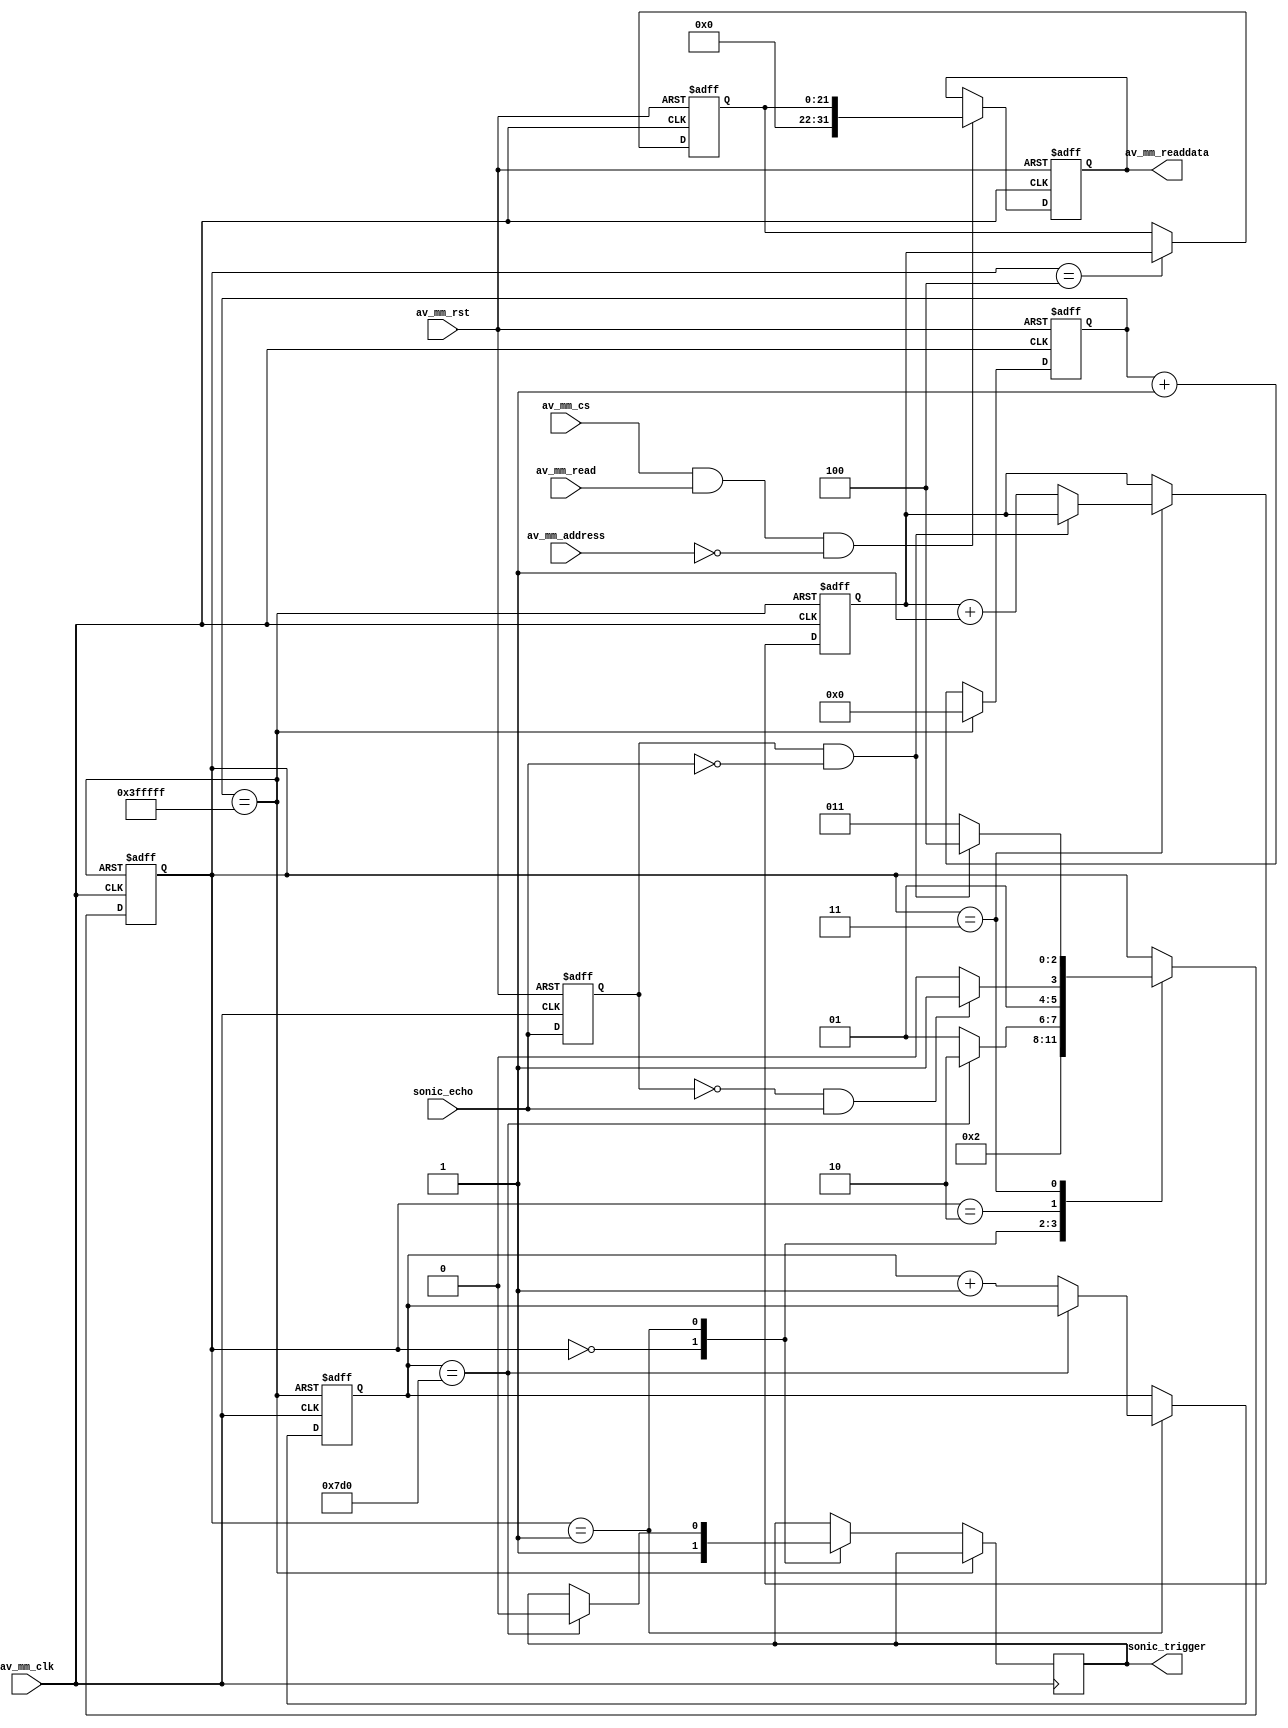
module sonic_distance(
		input 				 av_mm_clk,
		input 				 av_mm_rst,
		input 				 av_mm_read,
		input 				 av_mm_cs,
		output	reg[31:0]		 av_mm_readdata,
		input				av_mm_address,
		input 				sonic_echo,
		output 	reg			sonic_trigger
);

reg [21:0]  counter;
reg [21:0]	measure_count;
reg [2:0]   state;

reg [21:0]	measure_value;

always @(posedge av_mm_clk or negedge av_mm_rst)
if(~av_mm_rst)
	counter<=0;
else if(counter==22'h3fffff)
	counter<=0;
else counter<=counter+1;


reg     	    reg_echo;
always @(posedge av_mm_clk or negedge av_mm_rst)
if(~av_mm_rst) 
	reg_echo<=0;
else
	reg_echo<=sonic_echo;
	

reg  [10:0] trig_count;
wire count_rst=(counter==22'h3fffff)?0:1;
always @(posedge av_mm_clk or negedge count_rst)
if(~count_rst)
begin
	measure_count<=0;
	trig_count<=0;
	state<=0;
end
else
begin
	case(state)
	3'd0:begin
			sonic_trigger<=1;
			state<=1;
		end
	3'd1:begin
			if(trig_count==2000)
			begin
				sonic_trigger<=0;
				state<=2;
			end	
			else
			begin
				trig_count<=trig_count+1;
				state<=1;
			end
		end
	3'd2:begin
			if(!reg_echo&sonic_echo)
				state<=3;
			else
				state<=2;
		 end
	3'd3:begin
			if(reg_echo&!sonic_echo)
				state<=4;
			else
			begin
				state<=3;
				measure_count<=measure_count+1;
			end		
		 end
	3'd4:begin
			state<=state;
		 end
	endcase
end

always @(posedge av_mm_clk or negedge av_mm_rst)
if(~av_mm_rst) 
	measure_value<=0;
else if(state==3'd4)
	measure_value<=measure_count;
else
	measure_value<=measure_value;
	

always @(posedge av_mm_clk or negedge av_mm_rst)
if(~av_mm_rst)
begin
	av_mm_readdata<=0;
end
else 
begin
	if(av_mm_cs&&av_mm_read&&av_mm_address==0)
		av_mm_readdata<={10'b0,measure_value};
end	

endmodule